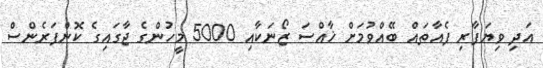
އަދި ވިޔަފާރި ފެއާތައް ބޭއްވުމަށް ޚާއްސަ ޒޯނަކާއި 5000 މީހުންގެ ޖާގައިގެ ކޮންފަރެންސް